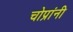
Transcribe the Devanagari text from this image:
चोप्रांनी